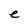
Character: e